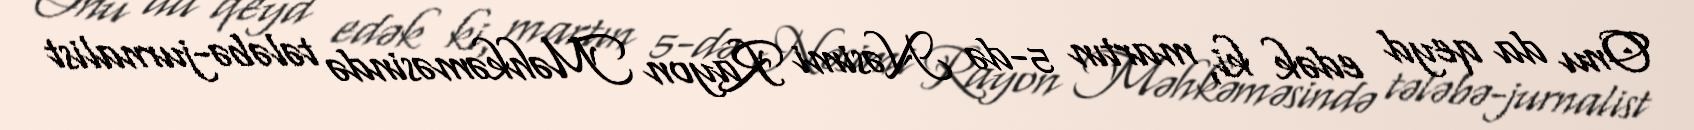
Onu da qeyd edək ki, martın 5-də Nəsimi Rayon Məhkəməsində tələbə-jurnalist